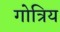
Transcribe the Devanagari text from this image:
गोत्रिय